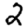
Digit: 2